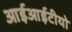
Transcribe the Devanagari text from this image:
आईआईटीयो